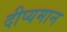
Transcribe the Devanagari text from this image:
दीप्यमान